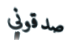
صدقوني